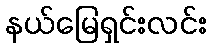
နယ်မြေရှင်းလင်း